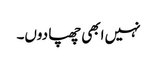
نہیں ابھی چھپا دوں۔